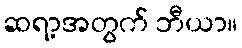
ဆရာ့အတွက် ဘီယာ။